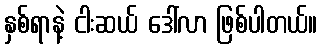
နှစ်ရာနဲ့ ငါးဆယ် ဒေါ်လာ ဖြစ်ပါတယ်။